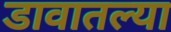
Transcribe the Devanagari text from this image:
डावातल्या